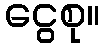
ငွေစု။